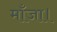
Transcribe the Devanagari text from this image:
माँजा।